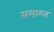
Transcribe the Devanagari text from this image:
समाग्ल